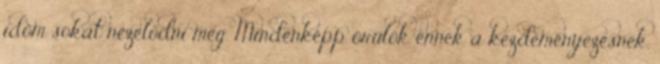
időm sokat nézelődni még. Mindenképp örülök ennek a kezdeményezésnek.